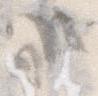
候